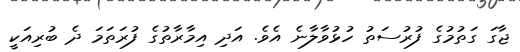
ޖާގަ ގަތުމުގެ ފުރުސަތު ހުޅުވާލާނެ އެވެ. އަދި އިމާރާތުގެ ފުރަތަމަ ދެ ބުރިއަކީ